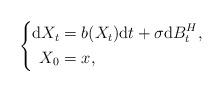
LaTeX: \begin{align*}{}\left\{\begin{aligned}\mathrm{d}X_{t}&=b(X_{t})\mathrm{d}t+\sigma\mathrm{d}B^{H}_{t},\\X_{0}&=x,\end{aligned}\right.\end{align*}